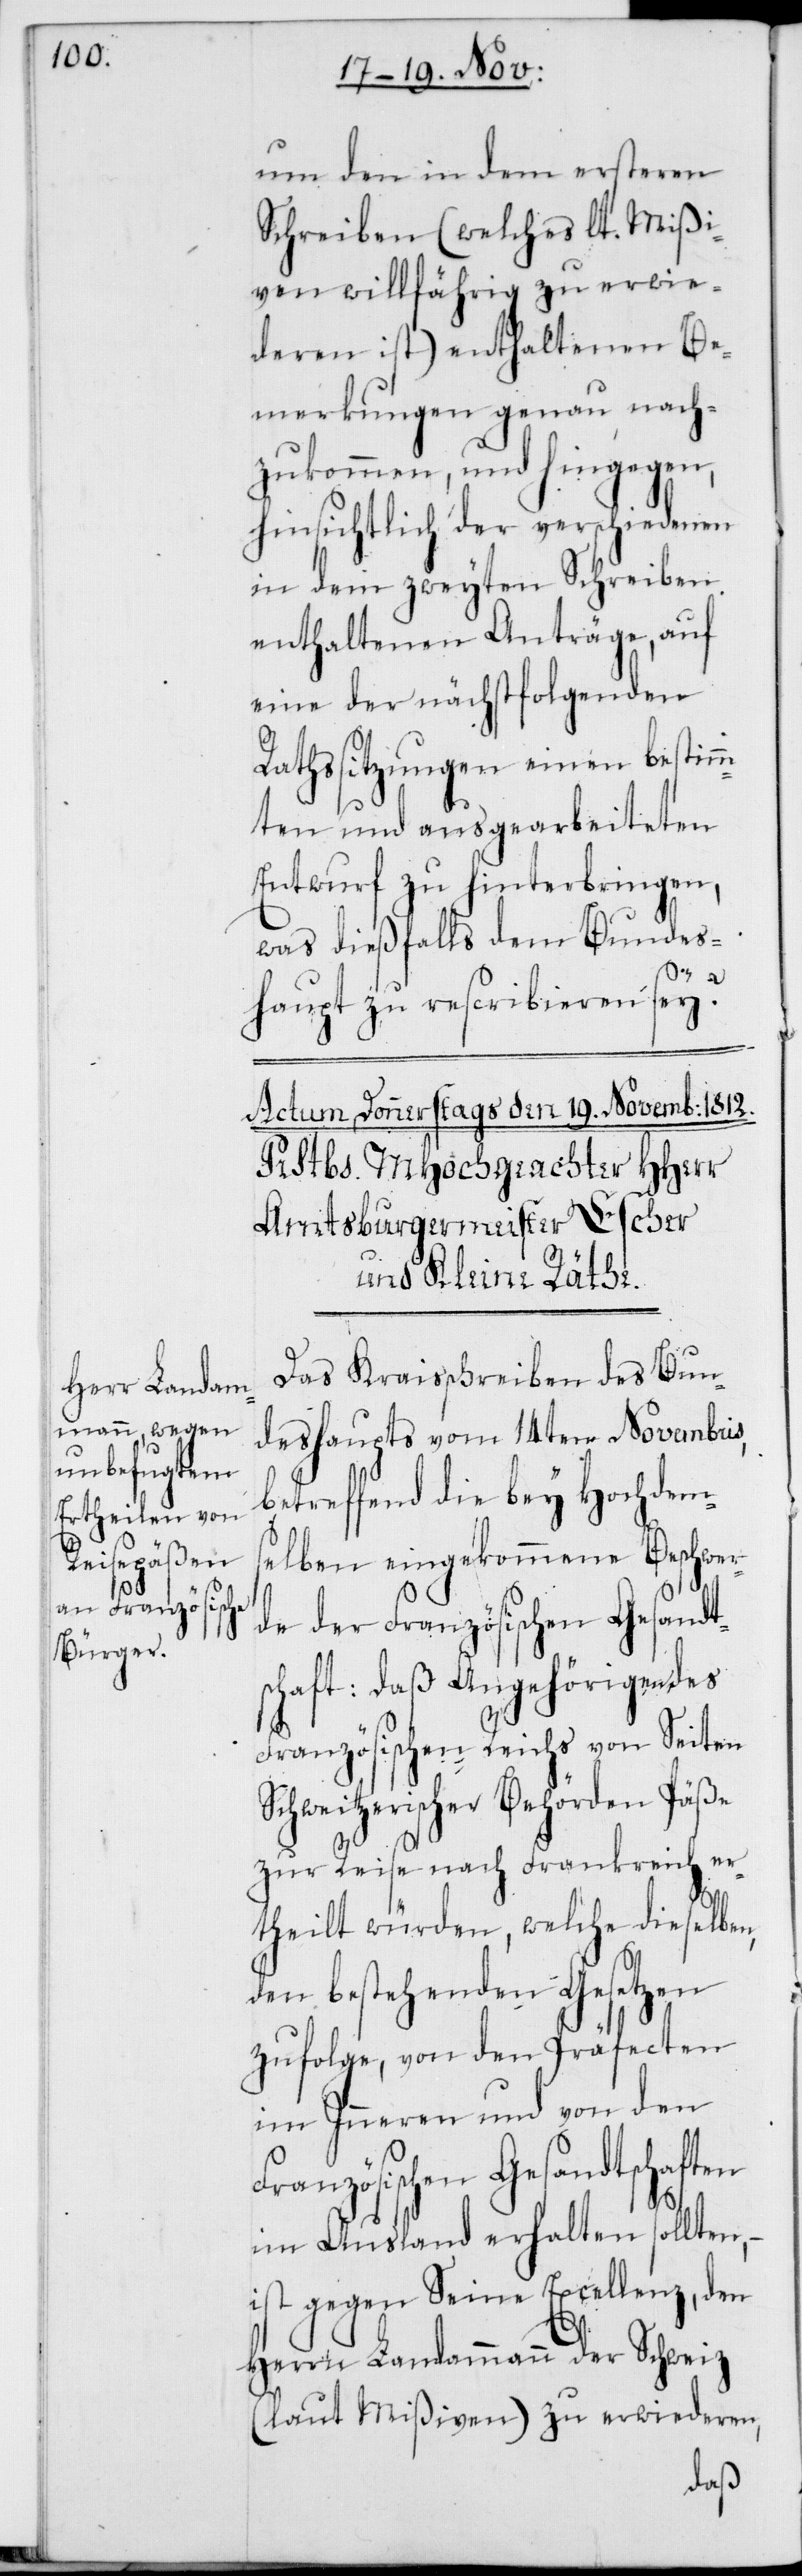
um den in dem ersteren
Schreiben (welches lt. Mißi¬
ven willfährig zu erwi¬
deren ist) enthaltenen Be¬
merkungen genau nach¬
zukommen, und hingegen,
hinsichtlich der verschiedenen
in dem zweyten Schreiben
enthaltenen Anträge, auf
eine der nächstfolgenden
Rathssitzungen einen bestim¬
mten und ausgearbeiteten
Entwurf zu hinterbringen,
was dießfalls dem Bundes¬
haupt zu rescribieren sey?
Das Kraisschreiben des Bun¬
deshaupts vom 14ten Novembris,
betreffend die bey Hochdem¬
selben eingekommene Beschwer¬
de der Französischen Gesandt¬
schaft: daß Angehörige des
Französischen Reichs von Seiten
Schweizerischer Behörden Päße
zur Reise nach Frankreich er¬
theilt würden, welche dieselben,
den bestehenden Gesetzen
zufolge, von den Präfecten
im Inneren und von den
Französischen Gesandtschaften
im Ausland erhalten sollten, –
ist gegen Seine Excellenz, den
Herrn Landammann der Schweiz
(laut Mißiven) zu erwideren,